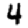
Digit: 4